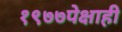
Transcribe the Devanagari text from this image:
१९७७पेक्षाही